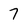
Character: 7